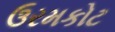
ઉરમકોટ